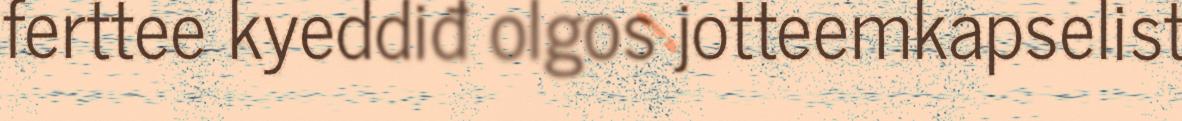
ferttee kyeddiđ olgos jotteemkapselist